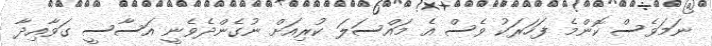
ނަމަވެސް ކޮންމެ ފަހަރަކު ވެސް އެ މައްސަލަ ކުރިއަށް ނުގެންދެވެނީ އަސާސީ ގަވާއިދާ